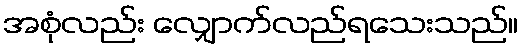
အစုံလည်း လျှောက်လည်ရသေးသည်။